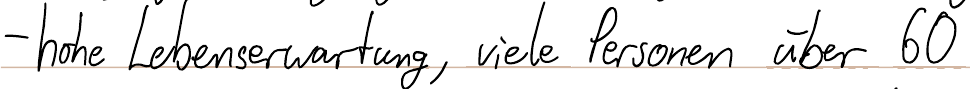
- hohe Lebenserwartung, viele Personen über 60